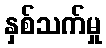
နှစ်သက်မှု